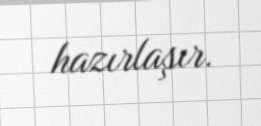
hazırlaşır.